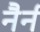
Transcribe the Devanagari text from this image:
नैर्न